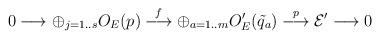
LaTeX: \begin{align*}0 \longrightarrow \oplus_{j=1..s}O_E(p)\stackrel{f}{\longrightarrow} \oplus_{a=1..m}O'_E({\tilde q_a})\stackrel{p}{\longrightarrow} {\cal E'}\longrightarrow 0\end{align*}